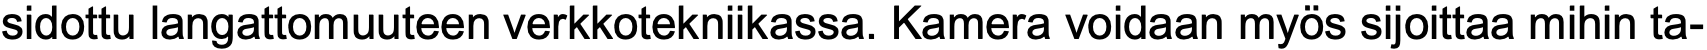
sidottu langattomuuteen verkkotekniikassa. Kamera voidaan myös sijoittaa mihin ta-